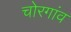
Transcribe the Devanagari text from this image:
चोरगांव